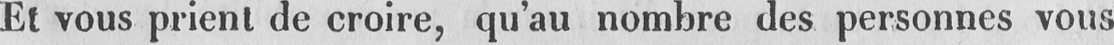
Et vous prient de croire, qu’au nombre des personnes vous